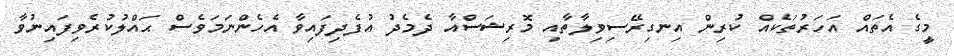
މީގެ އެތައް އަހަރުތަކެއް ކުރިން އިނގިރޭސިވިލާތާއި މޮރިޝަސްއާ ދެމެދު އުފެދިފައިވާ އެހެންނަމަވެސް ޙައްލުކުރެވިފައިނުވާ